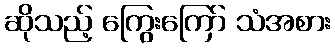
ဆိုသည့် ကြွေးကြော် သံအစား